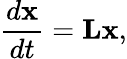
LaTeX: \frac{d\mathbf{x}}{dt}=\mathbf{Lx},